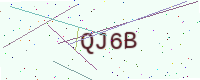
Text: QJ6B